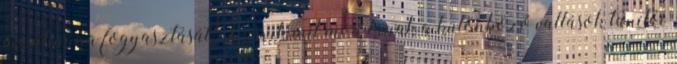
marihuána fogyasztását? Lássuk mit mondanak a különböző vallások tanítói